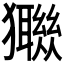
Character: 𤣈